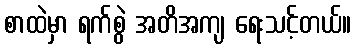
စာထဲမှာ ရက်စွဲ အတိအကျ ရေးသင့်တယ်။